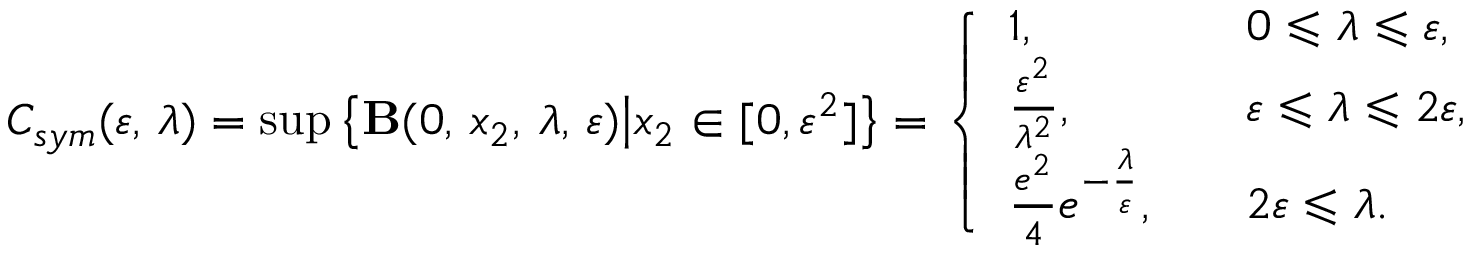
C _ { s y m } ( \varepsilon , \, \lambda ) = \operatorname* { s u p } \left\{ { \bf B } ( 0 , \, x _ { 2 } , \, \lambda , \, \varepsilon ) \big | x _ { 2 } \in [ 0 , \varepsilon ^ { 2 } ] \right\} = \left\{ \begin{array} { l l } { 1 , } & { \quad 0 \leqslant \lambda \leqslant \varepsilon , } \\ { \frac { \varepsilon ^ { 2 } } { \lambda ^ { 2 } } , } & { \quad \varepsilon \leqslant \lambda \leqslant 2 \varepsilon , } \\ { \frac { e ^ { 2 } } { 4 } e ^ { - \frac { \lambda } { \varepsilon } } , } & { \quad 2 \varepsilon \leqslant \lambda . } \end{array} \right.